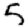
Digit: 5